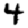
Digit: 4